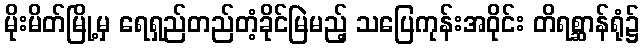
မိုးမိတ်မြို့မှ ရေရှည်တည်တံ့ခိုင်မြဲမည့် သပြေကုန်းအဝိုင်း တိရစ္ဆာန်ရုံ၌